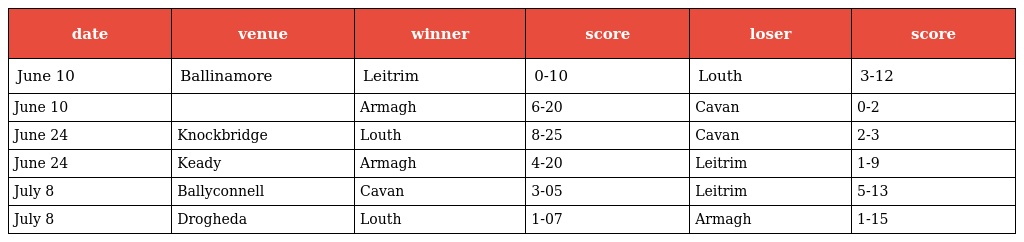
| date | venue | winner | score | loser | score |
 | --- | --- | --- | --- | --- | --- |
 | June 10 | Ballinamore | Leitrim | 0-10 | Louth | 3-12 |
 | June 10 |  | Armagh | 6-20 | Cavan | 0-2 |
 | June 24 | Knockbridge | Louth | 8-25 | Cavan | 2-3 |
 | June 24 | Keady | Armagh | 4-20 | Leitrim | 1-9 |
 | July 8 | Ballyconnell | Cavan | 3-05 | Leitrim | 5-13 |
 | July 8 | Drogheda | Louth | 1-07 | Armagh | 1-15 |